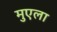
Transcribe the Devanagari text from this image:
मुएला